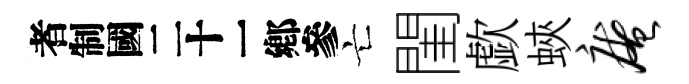
识亡閨歔蛺庵